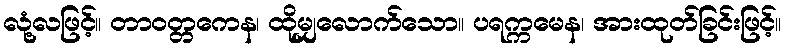
လုံ့လဖြင့်။ တာဝတ္တကေန၊ ထိုမျှလောက်သော။ ပရက္ကမေန၊ အားထုတ်ခြင်းဖြင့်။